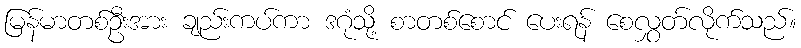
မြန်မာတစ်ဦးအား ချည်းကပ်ကာ ဒဂုံသို့ စာတစ်စောင် ပေးရန် စေလွှတ်လိုက်သည်။